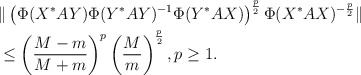
\begin{align*}&\|\left(\Phi(X^*AY)\Phi(Y^*AY)^{-1}\Phi(Y^*AX)\right)^{\frac{p}{2}}\Phi(X^*AX)^{-\frac{p}{2}}\|\\&\le \left(\frac{M-m}{M+m}\right)^p\left(\frac{M}{m}\right)^{\frac{p}{2}}, p\ge 1.\end{align*}